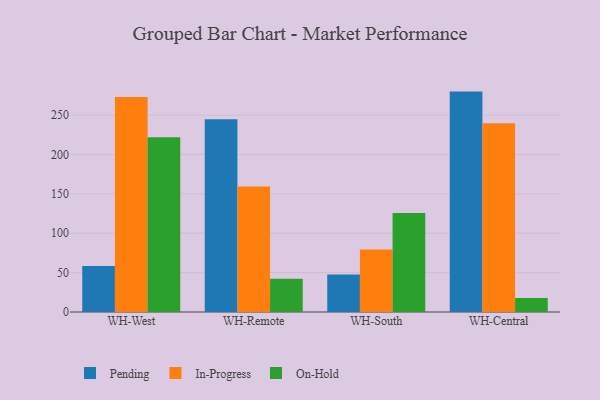
{"axis": {"x": "Warehouse", "y": "Market Share (%)"}, "legend": ["In-Progress", "On-Hold", "Pending"], "data": [{"x": "WH-West", "y": 58.4, "type": "Pending"}, {"x": "WH-West", "y": 273.2, "type": "In-Progress"}, {"x": "WH-West", "y": 221.8, "type": "On-Hold"}, {"x": "WH-Remote", "y": 244.7, "type": "Pending"}, {"x": "WH-Remote", "y": 159.5, "type": "In-Progress"}, {"x": "WH-Remote", "y": 42.2, "type": "On-Hold"}, {"x": "WH-South", "y": 47.5, "type": "Pending"}, {"x": "WH-South", "y": 79.5, "type": "In-Progress"}, {"x": "WH-South", "y": 125.6, "type": "On-Hold"}, {"x": "WH-Central", "y": 279.9, "type": "Pending"}, {"x": "WH-Central", "y": 239.7, "type": "In-Progress"}, {"x": "WH-Central", "y": 17.7, "type": "On-Hold"}]}